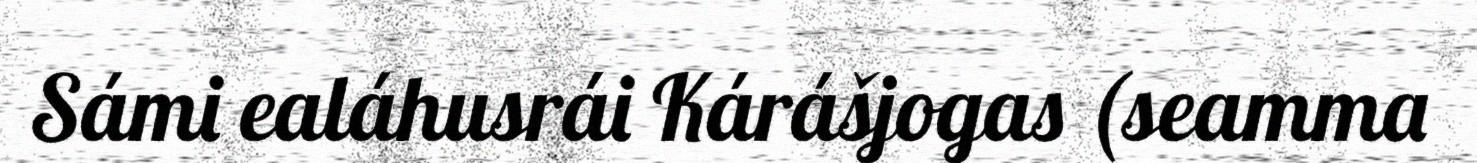
Sámi ealáhusrái Kárášjogas (seamma